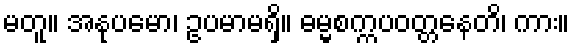
မတူ။ အနုပမော၊ ဥပမာမရှိ။ ဓမ္မစက္ကပဝတ္တနေတိ၊ ကား။